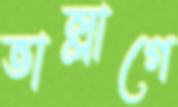
ভাল্লাগে